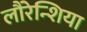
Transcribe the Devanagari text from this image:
लौरेन्शिया